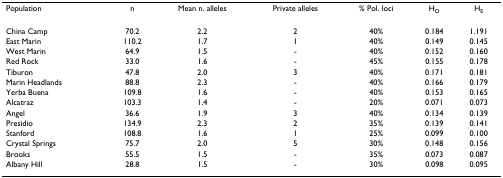
<table><thead><tr><td><b>Population</b></td><td><b>n</b></td><td><b>Mean n. alleles</b></td><td><b>Private alleles</b></td><td><b>% Pol. loci</b></td><td><b>H<sub>O</sub></b></td><td><b>H<sub>E</sub></b></td></tr></thead><tbody><tr><td>China Camp</td><td>70.2</td><td>2.2</td><td>2</td><td>40%</td><td>0.184</td><td>1.191</td></tr><tr><td>East Marin</td><td>110.2</td><td>1.7</td><td>1</td><td>40%</td><td>0.149</td><td>0.145</td></tr><tr><td>West Marin</td><td>64.9</td><td>1.5</td><td>-</td><td>40%</td><td>0.152</td><td>0.160</td></tr><tr><td>Red Rock</td><td>33.0</td><td>1.6</td><td>-</td><td>45%</td><td>0.155</td><td>0.178</td></tr><tr><td>Tiburon</td><td>47.8</td><td>2.0</td><td>3</td><td>40%</td><td>0.171</td><td>0.181</td></tr><tr><td>Marin Headlands</td><td>88.8</td><td>2.3</td><td>-</td><td>40%</td><td>0.166</td><td>0.179</td></tr><tr><td>Yerba Buena</td><td>109.8</td><td>1.6</td><td>-</td><td>40%</td><td>0.153</td><td>0.165</td></tr><tr><td>Alcatraz</td><td>103.3</td><td>1.4</td><td>-</td><td>20%</td><td>0.071</td><td>0.073</td></tr><tr><td>Angel</td><td>36.6</td><td>1.9</td><td>3</td><td>40%</td><td>0.134</td><td>0.139</td></tr><tr><td>Presidio</td><td>134.9</td><td>2.3</td><td>2</td><td>35%</td><td>0.139</td><td>0.141</td></tr><tr><td>Stanford</td><td>108.8</td><td>1.6</td><td>1</td><td>25%</td><td>0.099</td><td>0.100</td></tr><tr><td>Crystal Springs</td><td>75.7</td><td>2.0</td><td>5</td><td>30%</td><td>0.148</td><td>0.156</td></tr><tr><td>Brooks</td><td>55.5</td><td>1.5</td><td>-</td><td>35%</td><td>0.073</td><td>0.087</td></tr><tr><td>Albany Hill</td><td>28.8</td><td>1.5</td><td>-</td><td>30%</td><td>0.098</td><td>0.095</td></tr></tbody></table>